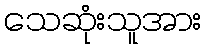
သေဆုံးသူအား